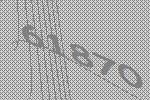
61870